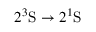
2 ^ { 3 } \mathrm { S } \rightarrow 2 ^ { 1 } \mathrm { S }